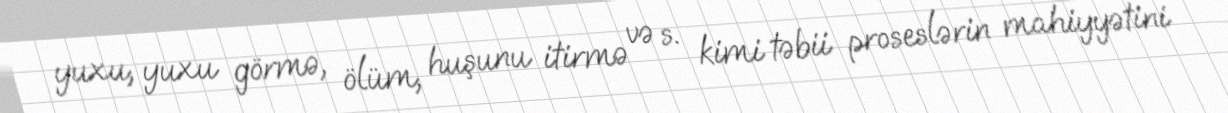
yuxu, yuxu görmə, ölüm, huşunu itirmə və s. kimi təbii proseslərin mahiyyətini